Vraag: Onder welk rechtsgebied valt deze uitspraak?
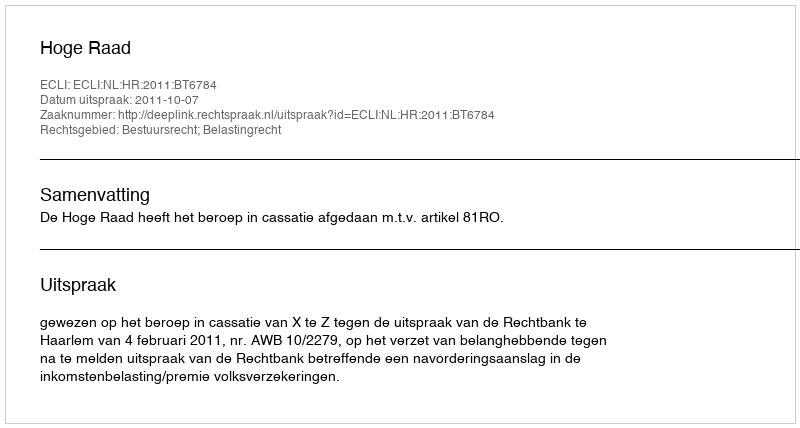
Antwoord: Bestuursrecht; Belastingrecht